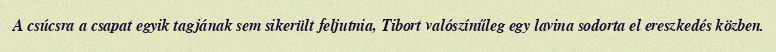
A csúcsra a csapat egyik tagjának sem sikerült feljutnia, Tibort valószínűleg egy lavina sodorta el ereszkedés közben.